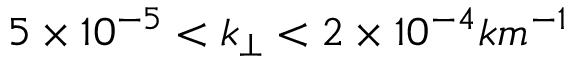
5 \times 1 0 ^ { - 5 } < k _ { \perp } < 2 \times 1 0 ^ { - 4 } k m ^ { - 1 }